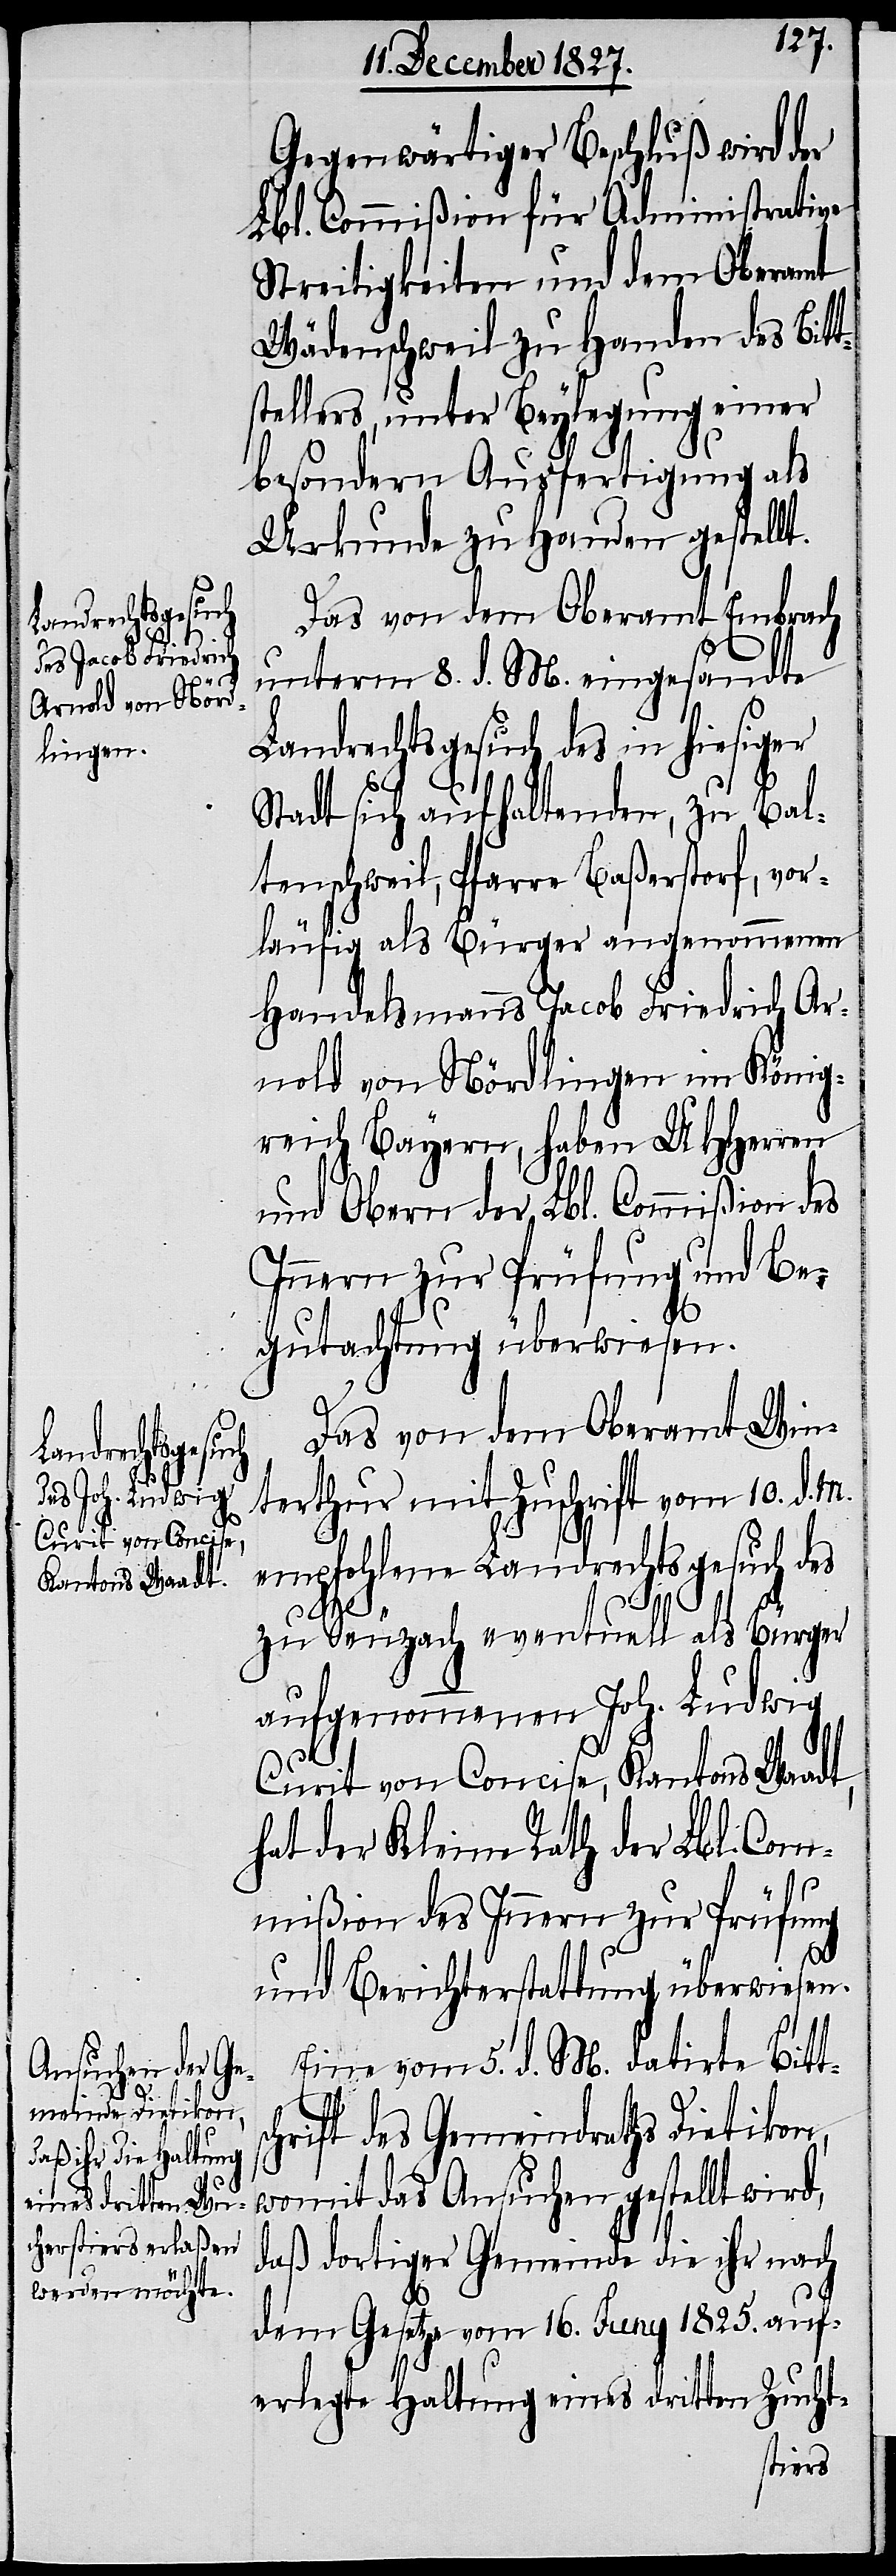
s¬

Gegenwärtiger Beschluß wird der
Lbl. Commißion für Administrative
Streitigkeiten und dem Oberamt
Wädenschweil zu Handen des Bitt¬
stellers, unter Beylegung einer
besondern Ausfertigung als
Urkunde zu Handen gestellt.
Das von dem Oberamt Embrach
unterm 8. d. M. eingesandte
Landrechtsgesuch des in hiesiger
Stadt sich aufhaltenden, zu Bal¬
tenschweil, Pfarre Baßerstorf, vor¬
läufig als Bürger angenommenen
Handelsmanns Jacob Friedrich Ar¬
nold von Nördlingen im König¬
reich Bayern, haben UHHerren
und Obern der Lbl. Commißion des
Innern zur Prüfung und Be¬
gutachtung überwiesen.
Das von dem Oberamt Win¬
terthur mit Zuschrift vom 10. d.
empfohlene Landrechtsgesuch des
zu Seuzach eventuell als Bürger
aufgenommenen Joh. Ludwig
Curit von Concise, Kantons Waadt,
hat der Kleine Rath der Lbl. Com¬
mißion des Innern zur Prüfung
und Berichtserstattung überwiesen.
Eine vom 5. d. M. datirte Bitt¬
chrift des Gemeindraths Dietikon,
womit das Ansuchen gestellt wird,
daß dortiger Gemeinde die ihr nach
dem Gesetze vom 16. Juny 1825. auf¬
erlegte Haltung eines dritten Zucht-